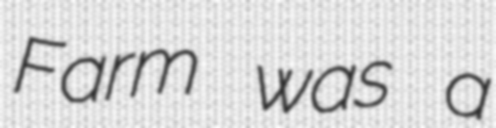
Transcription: Farm was a